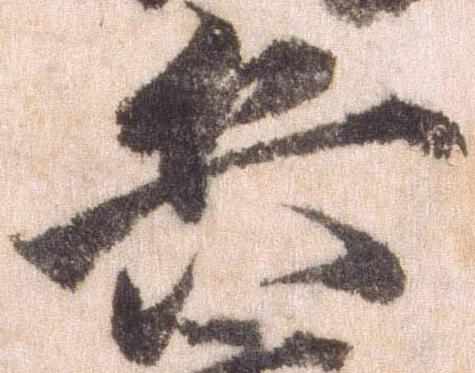
兵